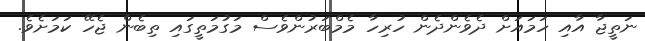
ނަތީޖާ އާއި ހަމައަށް ދެވެންދެން ހުރިހާ މެމްބަރުންވެސް މަގުމަތީގައި ތިބެން ޖެހޭ ކަމަށެވެ.